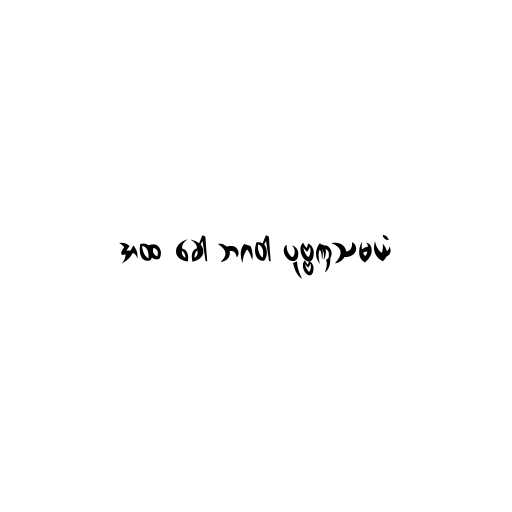
အထ ခေါ ဘဂဝါ ပုဗ္ဗဏှသမယံ